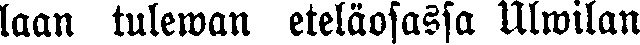
laan tulewan eteläosassa Ulwilan